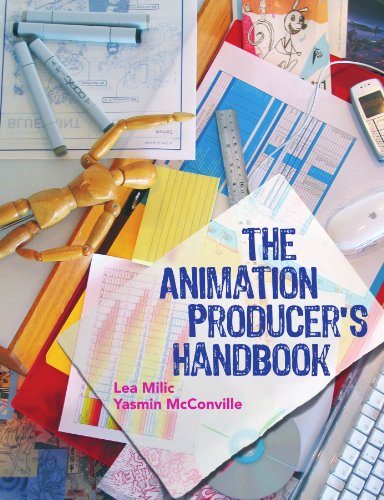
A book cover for The Animation Producer's Handbook; Lea Milic; Humor & Entertainment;